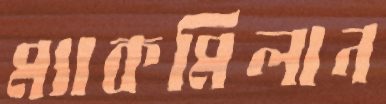
ম্যাকমিলান